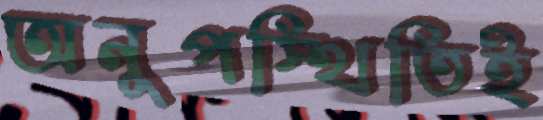
অনুপস্থিতিই